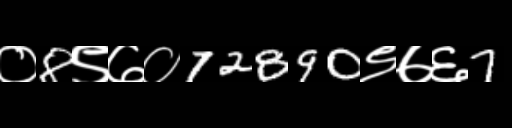
Text: ०8९७०72890९७६7